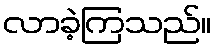
လာခဲ့ကြသည်။